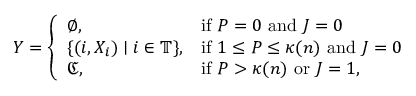
Y = \left\{ \begin{array} { l l } { \varnothing , } & { \mathrm { i f } \ P = 0 \mathrm { ~ a n d ~ } J = 0 } \\ { \{ ( i , X _ { i } ) \mid i \in \mathbb { T } \} , } & { \mathrm { i f } \ 1 \le P \le \kappa ( n ) \mathrm { ~ a n d ~ } J = 0 } \\ { \mathfrak { C } , } & { \mathrm { i f } \ P > \kappa ( n ) \mathrm { ~ o r ~ } J = 1 , } \end{array} \right.